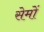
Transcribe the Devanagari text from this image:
सेमों